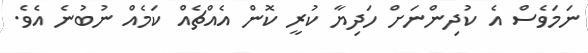
ނަމަވެސް އެ ކުދިންނަށް ހަދިޔާ ކުރީ ކޮން އެއްޗެއް ކަމެއް ނުބުނެ އެވެ.